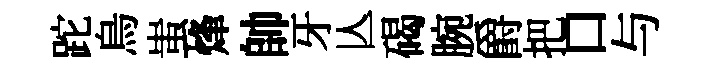
跎烏蚩烽帥牙亾碣腕爵把口与